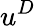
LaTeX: u^{D}